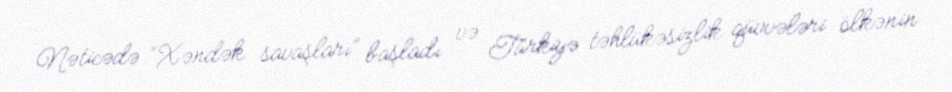
Nəticədə “Xəndək savaşları” başladı və Türkiyə təhlükəsizlik qüvvələri ölkənin